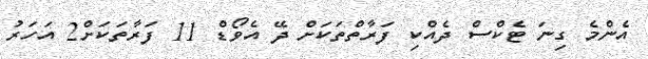
އެންމެ ގިނަ ޓެކްސް ދެއްކި ފަރާތްތަކަށް ދޭ އެވޯޑް 11 ފަރާތަކަށް2 އަހަރު